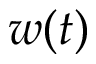
w ( t )